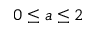
0 \leq a \leq 2